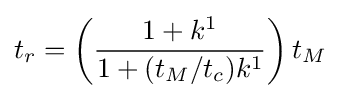
t_{r}=\left({\frac {1+k^{1}}{1+(t_{M}/t_{c})k^{1}}}\right)t_{M}